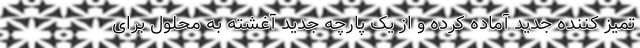
تمیز کننده جدید آماده کرده و از یک پارچه جدید آغشته به محلول برای